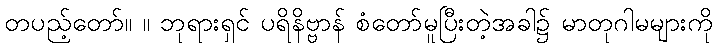
တပည့်တော်။ ။ ဘုရားရှင် ပရိနိဗ္ဗာန် စံတော်မူပြီးတဲ့အခါ၌ မာတုဂါမများကို